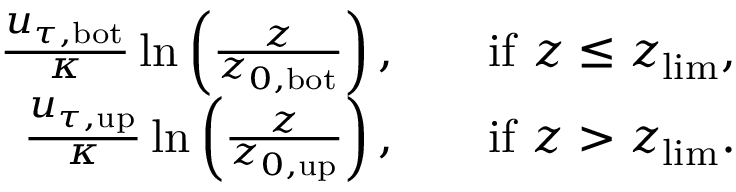
\begin{array} { r l r } { \frac { u _ { \tau , \mathrm { b o t } } } { \kappa } \ln \left( \frac { z } { z _ { 0 , \mathrm { b o t } } } \right) , } & { } & { \mathrm { i f } \ z \leq z _ { \mathrm { l i m } } , } \\ { \frac { u _ { \tau , \mathrm { u p } } } { \kappa } \ln \left( \frac { z } { z _ { 0 , \mathrm { u p } } } \right) , } & { } & { \mathrm { i f } \ z > z _ { \mathrm { l i m } } . } \end{array}